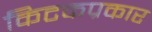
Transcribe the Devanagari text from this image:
किटकप्रकार